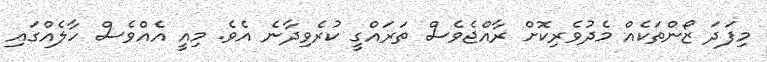
މިފަދަ ޒޯންތަކެއް މެދުވެރިކޮށް ރާއްޖެވެސް ތަރައްގީ ކުރެވިދާނެ އެވެ. މިއީ އެއްވެސް ހާލެއްގައި